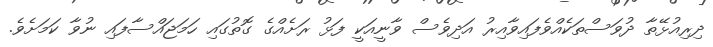
ދިރިއުޅޭތާ ދުވަސްތަކެއްވެފައިވާއިރު އަދިވެސް ވާނީއަކީ ފަޅު ރަށެއްގެ ގޮތުގައި ހަމަޖައްސާފައި ނުވާ ކަމަށެވެ.